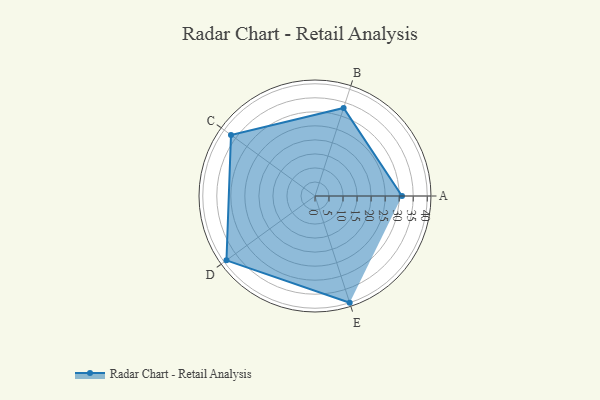
{"axis": {"x": "Skill", "y": "Score"}, "legend": ["Profile"], "data": [{"x": "A", "y": 31.0, "type": "Profile"}, {"x": "B", "y": 33.0, "type": "Profile"}, {"x": "C", "y": 37.0, "type": "Profile"}, {"x": "D", "y": 39.0, "type": "Profile"}, {"x": "E", "y": 40.0, "type": "Profile"}]}